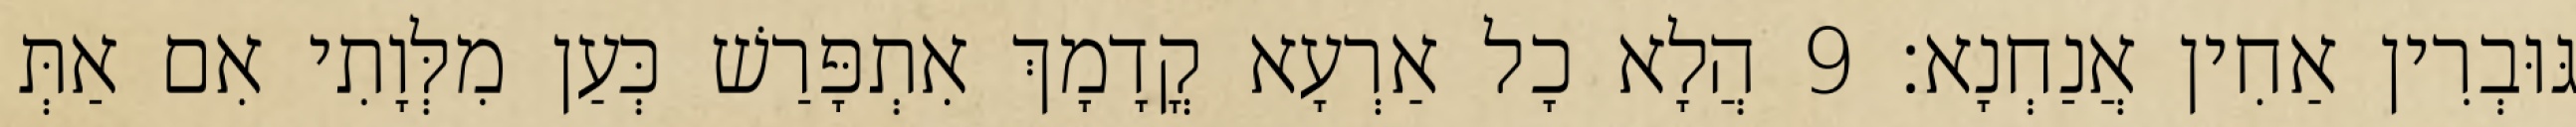
גּוּבְרִין אַחִין אֲנַחְנָא׃ 9 הֲלָא כָל אַרְעָא קֳדָמָךְ אִתְפָּרַשׁ כְּעַן מִלְּוָתִי אִם אַתְּ